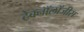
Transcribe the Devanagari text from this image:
टेक्नॉलॉजीस